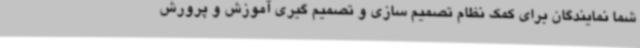
شما نمایندگان برای کمک نظام تصمیم سازی و تصمیم گیری آموزش و پرورش